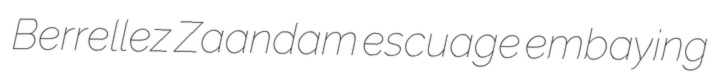
Berrellez Zaandam escuage embaying